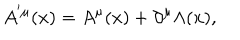
LaTeX: A ^ { ^ { \prime } \mu } ( x ) = A ^ { \mu } ( x ) + \partial ^ { \mu } \Lambda ( x ) ,